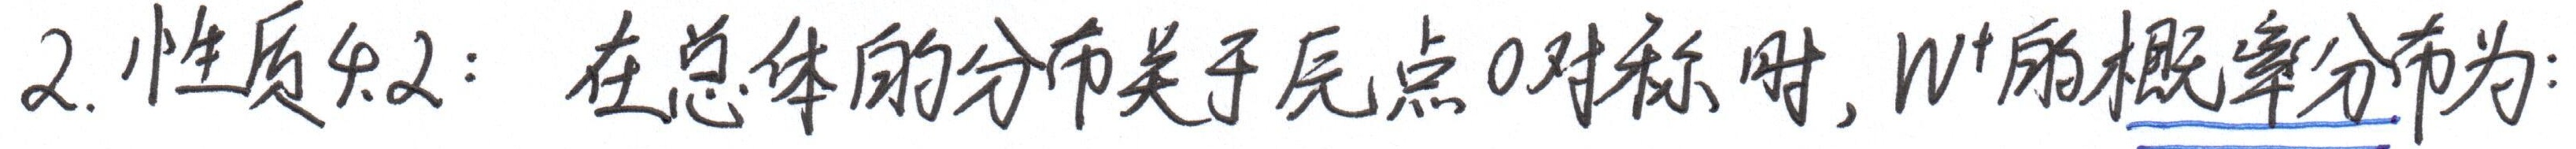
2. 性质2：在总体的分布关于原点0对称时，\(W^{+}\)的概率分布为：